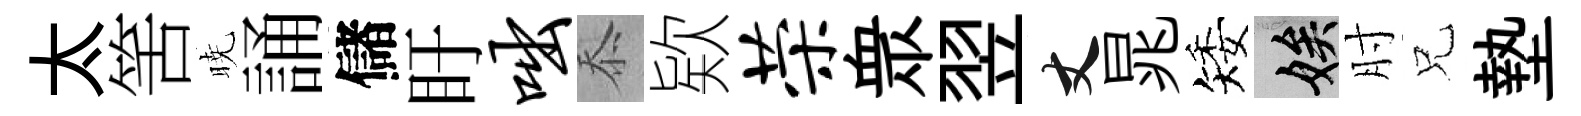
太筈暁誦儲盱咄忝欵荣衆翌丈晁矮娭肘兄墊